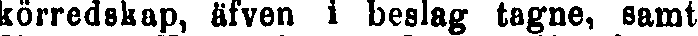
körredskap, äfven i beslag tagne, samt